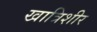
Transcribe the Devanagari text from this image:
खात्रिशीर